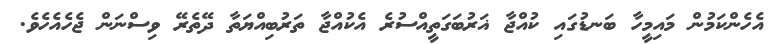
އެހެންކަމުން މައިމީހާ ބަނޑުގައި ކުއްޖާ ޣަރުބަގަތީއްސުރެ އެކުއްޖާ ތަރުބިއްޔަތާ ދޭތެރޭ ވިސްނަން ޖެހެއެހެވެ.